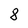
Character: 8